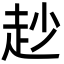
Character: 赻